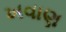
ખવાણ